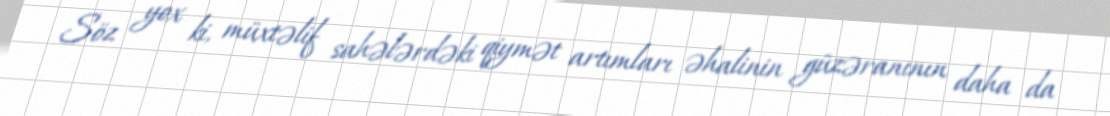
Söz yox ki, müxtəlif sahələrdəki qiymət artımları əhalinin güzəranının daha da